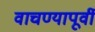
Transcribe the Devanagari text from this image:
वाचण्यापूर्वी